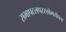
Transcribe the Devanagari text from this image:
सभापटलपररखेगयेपत्र